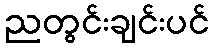
ညတွင်းချင်းပင်